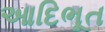
આદિભૂત